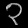
Digit: ၃